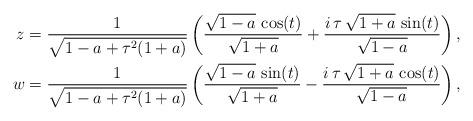
LaTeX: \begin{align*}z & =\frac{1}{\sqrt{1-a +\tau^2 (1+a)}}\left( \frac{\sqrt{1-a}\, \cos (t)}{\sqrt{1+a}}+ \frac{i\,\tau\,\sqrt{1+a}\, \sin (t)}{\sqrt{1-a}}\right), \\ w & = \frac{1}{\sqrt{1-a +\tau^2 (1+a)}}\left( \frac{\sqrt{1-a}\, \sin (t)}{\sqrt{1+a}} - \frac{i\,\tau\,\sqrt{1+a}\, \cos (t)}{\sqrt{1-a}}\right),\end{align*}